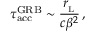
\tau _ { \mathrm { a c c } } ^ { \mathrm { G R B } } \sim \frac { r _ { _ \mathrm { L } } } { c \beta ^ { 2 } } \, ,